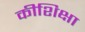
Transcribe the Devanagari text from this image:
कीशिक्षा